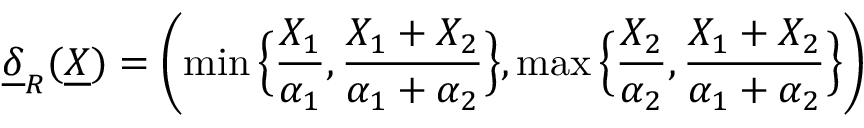
\underline { { \delta } } _ { R } ( \underline { { X } } ) = \left( \operatorname* { m i n } \Big \{ \frac { X _ { 1 } } { \alpha _ { 1 } } , \frac { X _ { 1 } + X _ { 2 } } { \alpha _ { 1 } + \alpha _ { 2 } } \Big \} , \operatorname* { m a x } \Big \{ \frac { X _ { 2 } } { \alpha _ { 2 } } , \frac { X _ { 1 } + X _ { 2 } } { \alpha _ { 1 } + \alpha _ { 2 } } \Big \} \right)